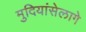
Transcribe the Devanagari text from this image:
मुदियांसेलागे